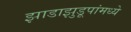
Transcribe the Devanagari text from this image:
झाडाझुडूपांमध्ये